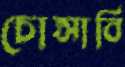
চোপ্‌সাবি